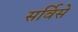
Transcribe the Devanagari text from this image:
सर्विसे